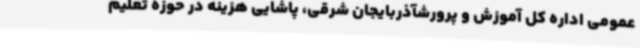
عمومی اداره کل آموزش و پرورشآذربایجان شرقی، پاشایی هزینه در حوزه تعلیم